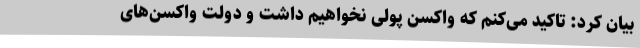
بیان کرد: تاکید می‌کنم که واکسن پولی نخواهیم داشت و دولت واکسن‌های